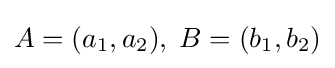
A=(a_{1},a_{2}),\;B=(b_{1},b_{2})